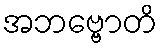
အဘဗ္ဗောတိ